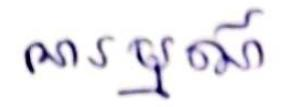
អារម្មណ៍